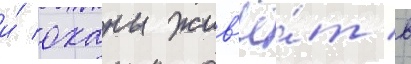
и́ оханы жив'ё́т в